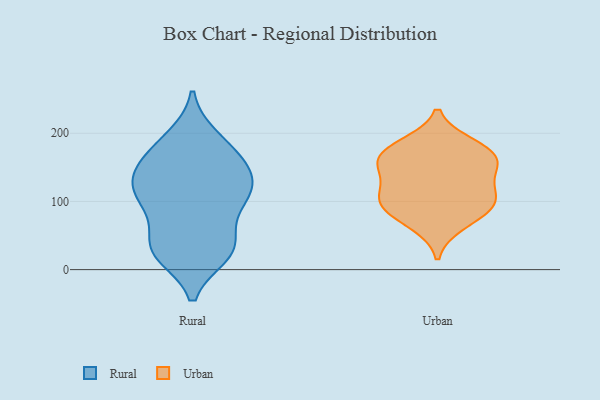
{"axis": {"x": "Customer Acquisition Cost (USD)", "y": "Value"}, "legend": ["Rural", "Urban"], "data": [{"x": "", "y": 128, "type": "Rural"}, {"x": "", "y": 98, "type": "Rural"}, {"x": "", "y": 30, "type": "Rural"}, {"x": "", "y": 170, "type": "Rural"}, {"x": "", "y": 161, "type": "Rural"}, {"x": "", "y": 101, "type": "Rural"}, {"x": "", "y": 151, "type": "Rural"}, {"x": "", "y": 103, "type": "Rural"}, {"x": "", "y": 22, "type": "Rural"}, {"x": "", "y": 23, "type": "Rural"}, {"x": "", "y": 120, "type": "Rural"}, {"x": "", "y": 191, "type": "Rural"}, {"x": "", "y": 123, "type": "Rural"}, {"x": "", "y": 40, "type": "Rural"}, {"x": "", "y": 37, "type": "Rural"}, {"x": "", "y": 194, "type": "Rural"}, {"x": "", "y": 152, "type": "Rural"}, {"x": "", "y": 131, "type": "Rural"}, {"x": "", "y": 28, "type": "Rural"}, {"x": "", "y": 83, "type": "Rural"}, {"x": "", "y": 102, "type": "Urban"}, {"x": "", "y": 95, "type": "Urban"}, {"x": "", "y": 109, "type": "Urban"}, {"x": "", "y": 67, "type": "Urban"}, {"x": "", "y": 161, "type": "Urban"}, {"x": "", "y": 176, "type": "Urban"}, {"x": "", "y": 153, "type": "Urban"}, {"x": "", "y": 129, "type": "Urban"}, {"x": "", "y": 88, "type": "Urban"}, {"x": "", "y": 183, "type": "Urban"}, {"x": "", "y": 160, "type": "Urban"}]}